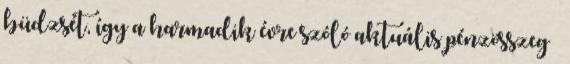
büdzsét, így a harmadik évre szóló aktuális pénzösszeg –